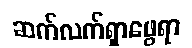
ဆက်လက်ရှာဖွေရာ